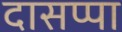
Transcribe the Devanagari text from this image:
दासप्पा